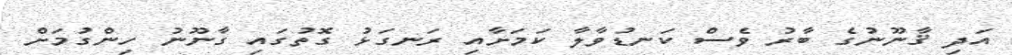
އަދި ޤާނޫނުގެ ބާރު ވެސް ކަނޑުވާލާ ކަމަށާއި ރަނގަޅު ގޮތުގައި ގާނޫނު ހިންގުމަށް